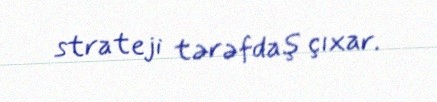
strateji tərəfdaş çıxar.